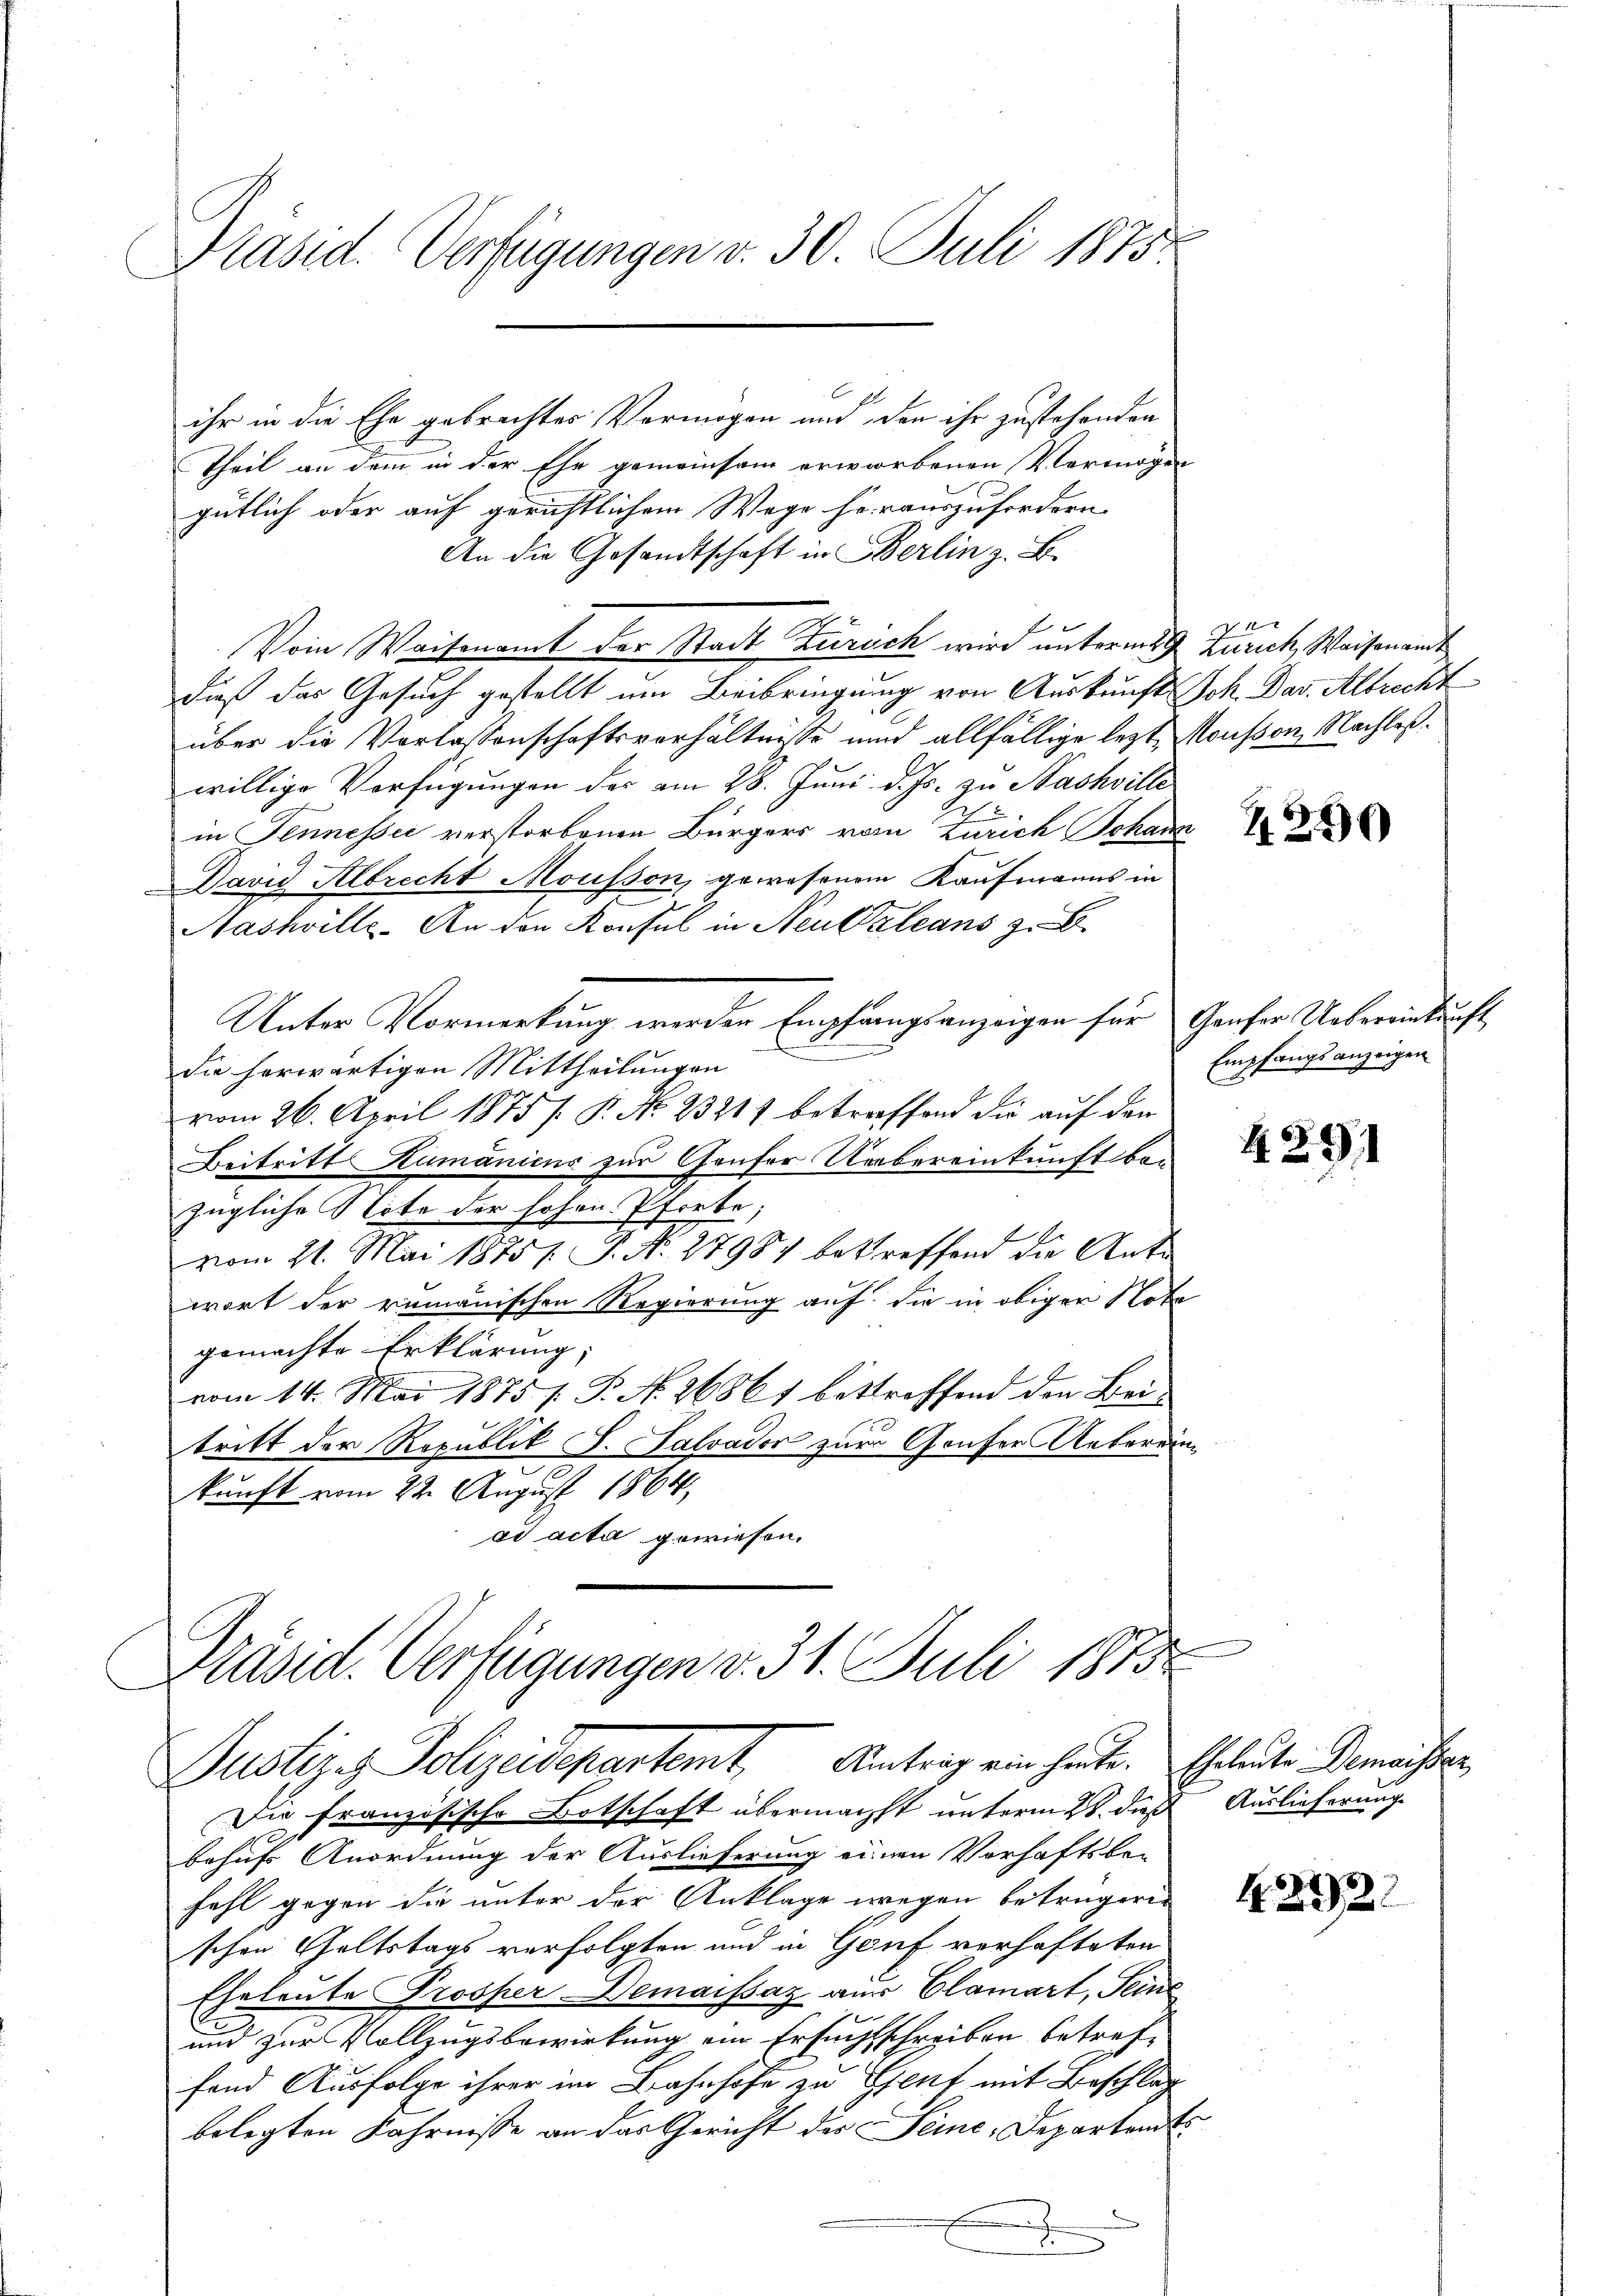
Präsid. Verfügungen v. 30. Juli 1875.

ihr in die Ehe gebrachtes Vermögen und den ihr zustehenden
Theil an dem in der Ehe gemeinsam erworbenen Vermögen
gütlich oder auf gerichtlichem Wege herauszufordern.
An die Gesandtschaft in Berlin z. B.
Vom Waisenamt der Stadt Zürich wird unterm 29. Zuruck, Waisenamt
dieß das Gesuch gestellt um Beibringung von Auskunft Joh. Dar. Albrecht
über die Vorlassenschaftsverhältnisse und allfällige lezt, Moußon, Nachlaßwillige Verfügungen des am 28. Juni d. Js. zu Sachville
.
in Jennessei verstorbenen Bürgers vom Zürich Johann
David Albrecht Mousson, gewesenem Kaufmanns in
Nashville. An den Konsul in Neualeans z
Unter Vormerkung werden Empfangsanzeigen für Genfer Uebereinkung
n
die herwärtigen Mittheilungen
vom 26. April 1875 /. P. No. 23211 betroffend die auf den
Beitritt Rumänicus zur Gaufer Uebereinkunft be-
zügliche Note der hohen Pforte;
vom 21. Mai 1875. P. No. 27987 betreffend die Antr
wort der rumänischen Regierung auf die in obiger Note
gemachte Erklärung:
vom 14. Mai 1875 f. P. No 26861 bestreffend den Beitritt der Republik S. Salvader zur Gaufer Untereinkunft vom 22. August 1864
ad acta gewiesen.

Präsid. Verfügungen v. 31. Juli 1873
Justizes Polizeidepartemt, Antrag ein heute. Eheleute Bemessen,

E.

Die französische Botschaft übermächst unterm 28. dieß
behufs Anordnung der Auslieferung einen Vorhaftsbe-
fahl gegen die unter der Anklage wegen betrügerin
schen Geltstags verfolgten und in Genf verhafteten
Eheleute Prosper-Demaissaz aus Clamart, Sein
und zur Vollzugsbewirkung ein Ersuchtschreiben betreffand Ausfolge ihrer im Bahnhofe zu Genf mit Beschlag
belegten Fahrnisse an das Gericht der Seine, Departant
E
3

Empfangsanzeigen

4290

4291

Auslieferung

2221

1